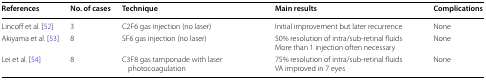
| References | No. of cases | Technique | Main results | Complications |
 | --- | --- | --- | --- | --- |
 | Lincoff et al. [52] | 3 | C2F6 gas injection (no laser) | Initial improvement but later recurrence | None |
 | Akiyama et al. [53] | 8 | SF6 gas injection (no laser) | 50% resolution of intra/sub-retinal fluidsMore than 1 injection often necessary | None |
 | Lei et al. [54] | 8 | C3F8 gas tamponade with laser photocoagulation | 75% resolution of intra/sub-retinal fluidsVA improved in 7 eyes | None |